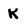
Character: K